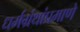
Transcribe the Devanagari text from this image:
धर्मग्रंथांप्रमाणे